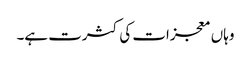
وہاں معجزات کی کثرت ہے۔